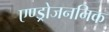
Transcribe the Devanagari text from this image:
एण्ड्रोजननिक